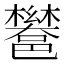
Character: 𮠏